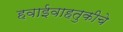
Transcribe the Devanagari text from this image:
हवाईवाहतुकीचे